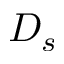
D _ { s }